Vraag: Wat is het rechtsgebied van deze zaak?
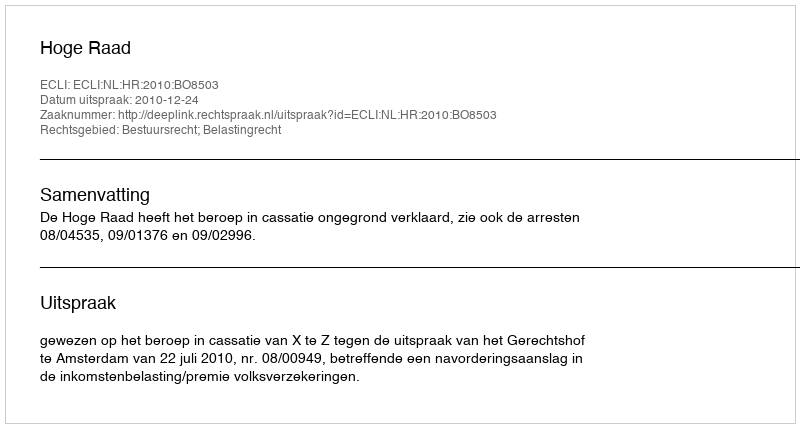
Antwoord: Bestuursrecht; Belastingrecht